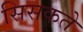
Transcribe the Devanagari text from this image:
सिसकते